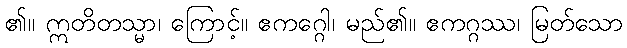
၏။ ဣတိတသ္မာ၊ ကြောင့်။ ဧကဂ္ဂေါ၊ မည်၏။ ဧကဂ္ဂဿ၊ မြတ်သော